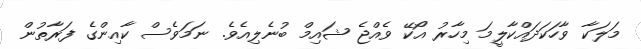
މަލަކާ ވާހަކަދައްކާލީމަ މިހާރު އޯކޭ ވެއްޖެ ޝައިމް ބުނެލިއެވެ. ނަމަވެސް ކާއިންގެ ފަރާތުން